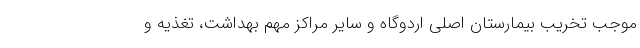
موجب تخریب بیمارستان اصلی اردوگاه و سایر مراکز مهم بهداشت، تغذیه و